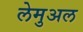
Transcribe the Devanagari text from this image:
लेमुअल